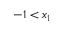
- 1 < x _ { 1 }